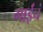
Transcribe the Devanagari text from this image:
गाईंचं